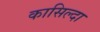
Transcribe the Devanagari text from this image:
कासिल्दा